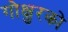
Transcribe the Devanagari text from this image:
गोक्षुरको